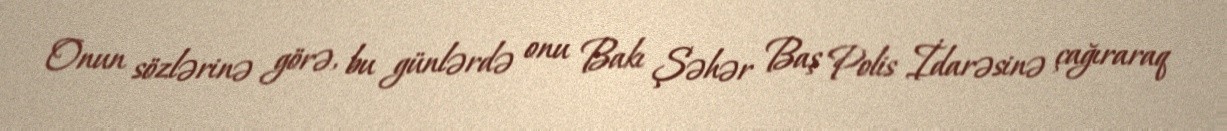
Onun sözlərinə görə, bu günlərdə onu Bakı Şəhər Baş Polis İdarəsinə çağıraraq